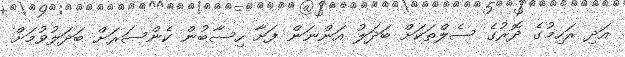
އަދި ރަހިމުގެ ދޮރުގެ ސެލްތަކަށް ބަދަލު އަންނަން ފަށާ ހިސާބުން ކެންސަރަށް ބަދަލުވުމަށް